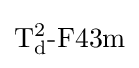
\mathrm {T_{d}^{2}{\mbox{-}}F43m}